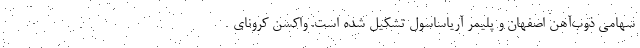
سهامی ذوب‌آهن اصفهان و پلیمر آریاساسول تشکیل شده است. واکسن کرونای